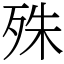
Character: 殊